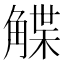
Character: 䚢